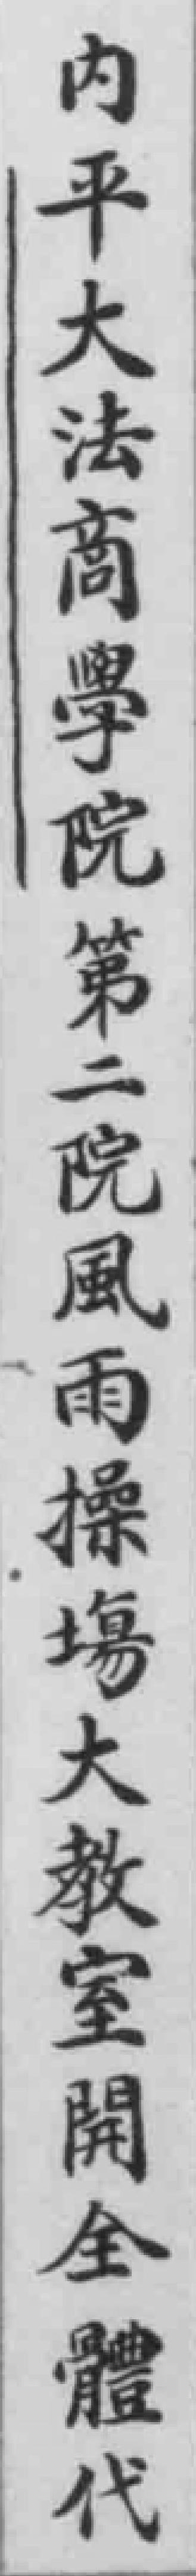
內平大法商學院第二院風雨操場大教室開全體代